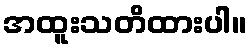
အထူးသတိထားပါ။